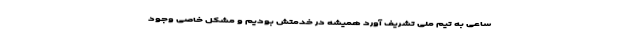
ساعی به تیم ملی تشریف آورد همیشه در خدمتش بودیم و مشکل خاصی وجود